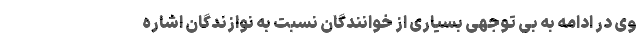
وی در ادامه به بی توجهی بسیاری از خوانندگان نسبت به نوازندگان اشاره